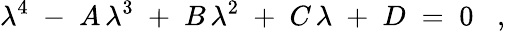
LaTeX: \lambda^{4}\; -\; A\, \lambda^{3}\; +\; B\, \lambda^{2}\; +\; C\, \lambda\; +\; D\; =\; 0\; \; \; ,